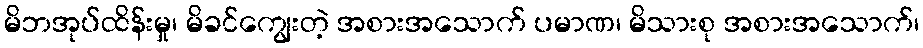
မိဘအုပ်ထိန်းမှု၊ မိခင်ကျွေးတဲ့ အစားအသောက် ပမာဏ၊ မိသားစု အစားအသောက်၊